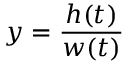
y = { \frac { h ( t ) } { w ( t ) } }